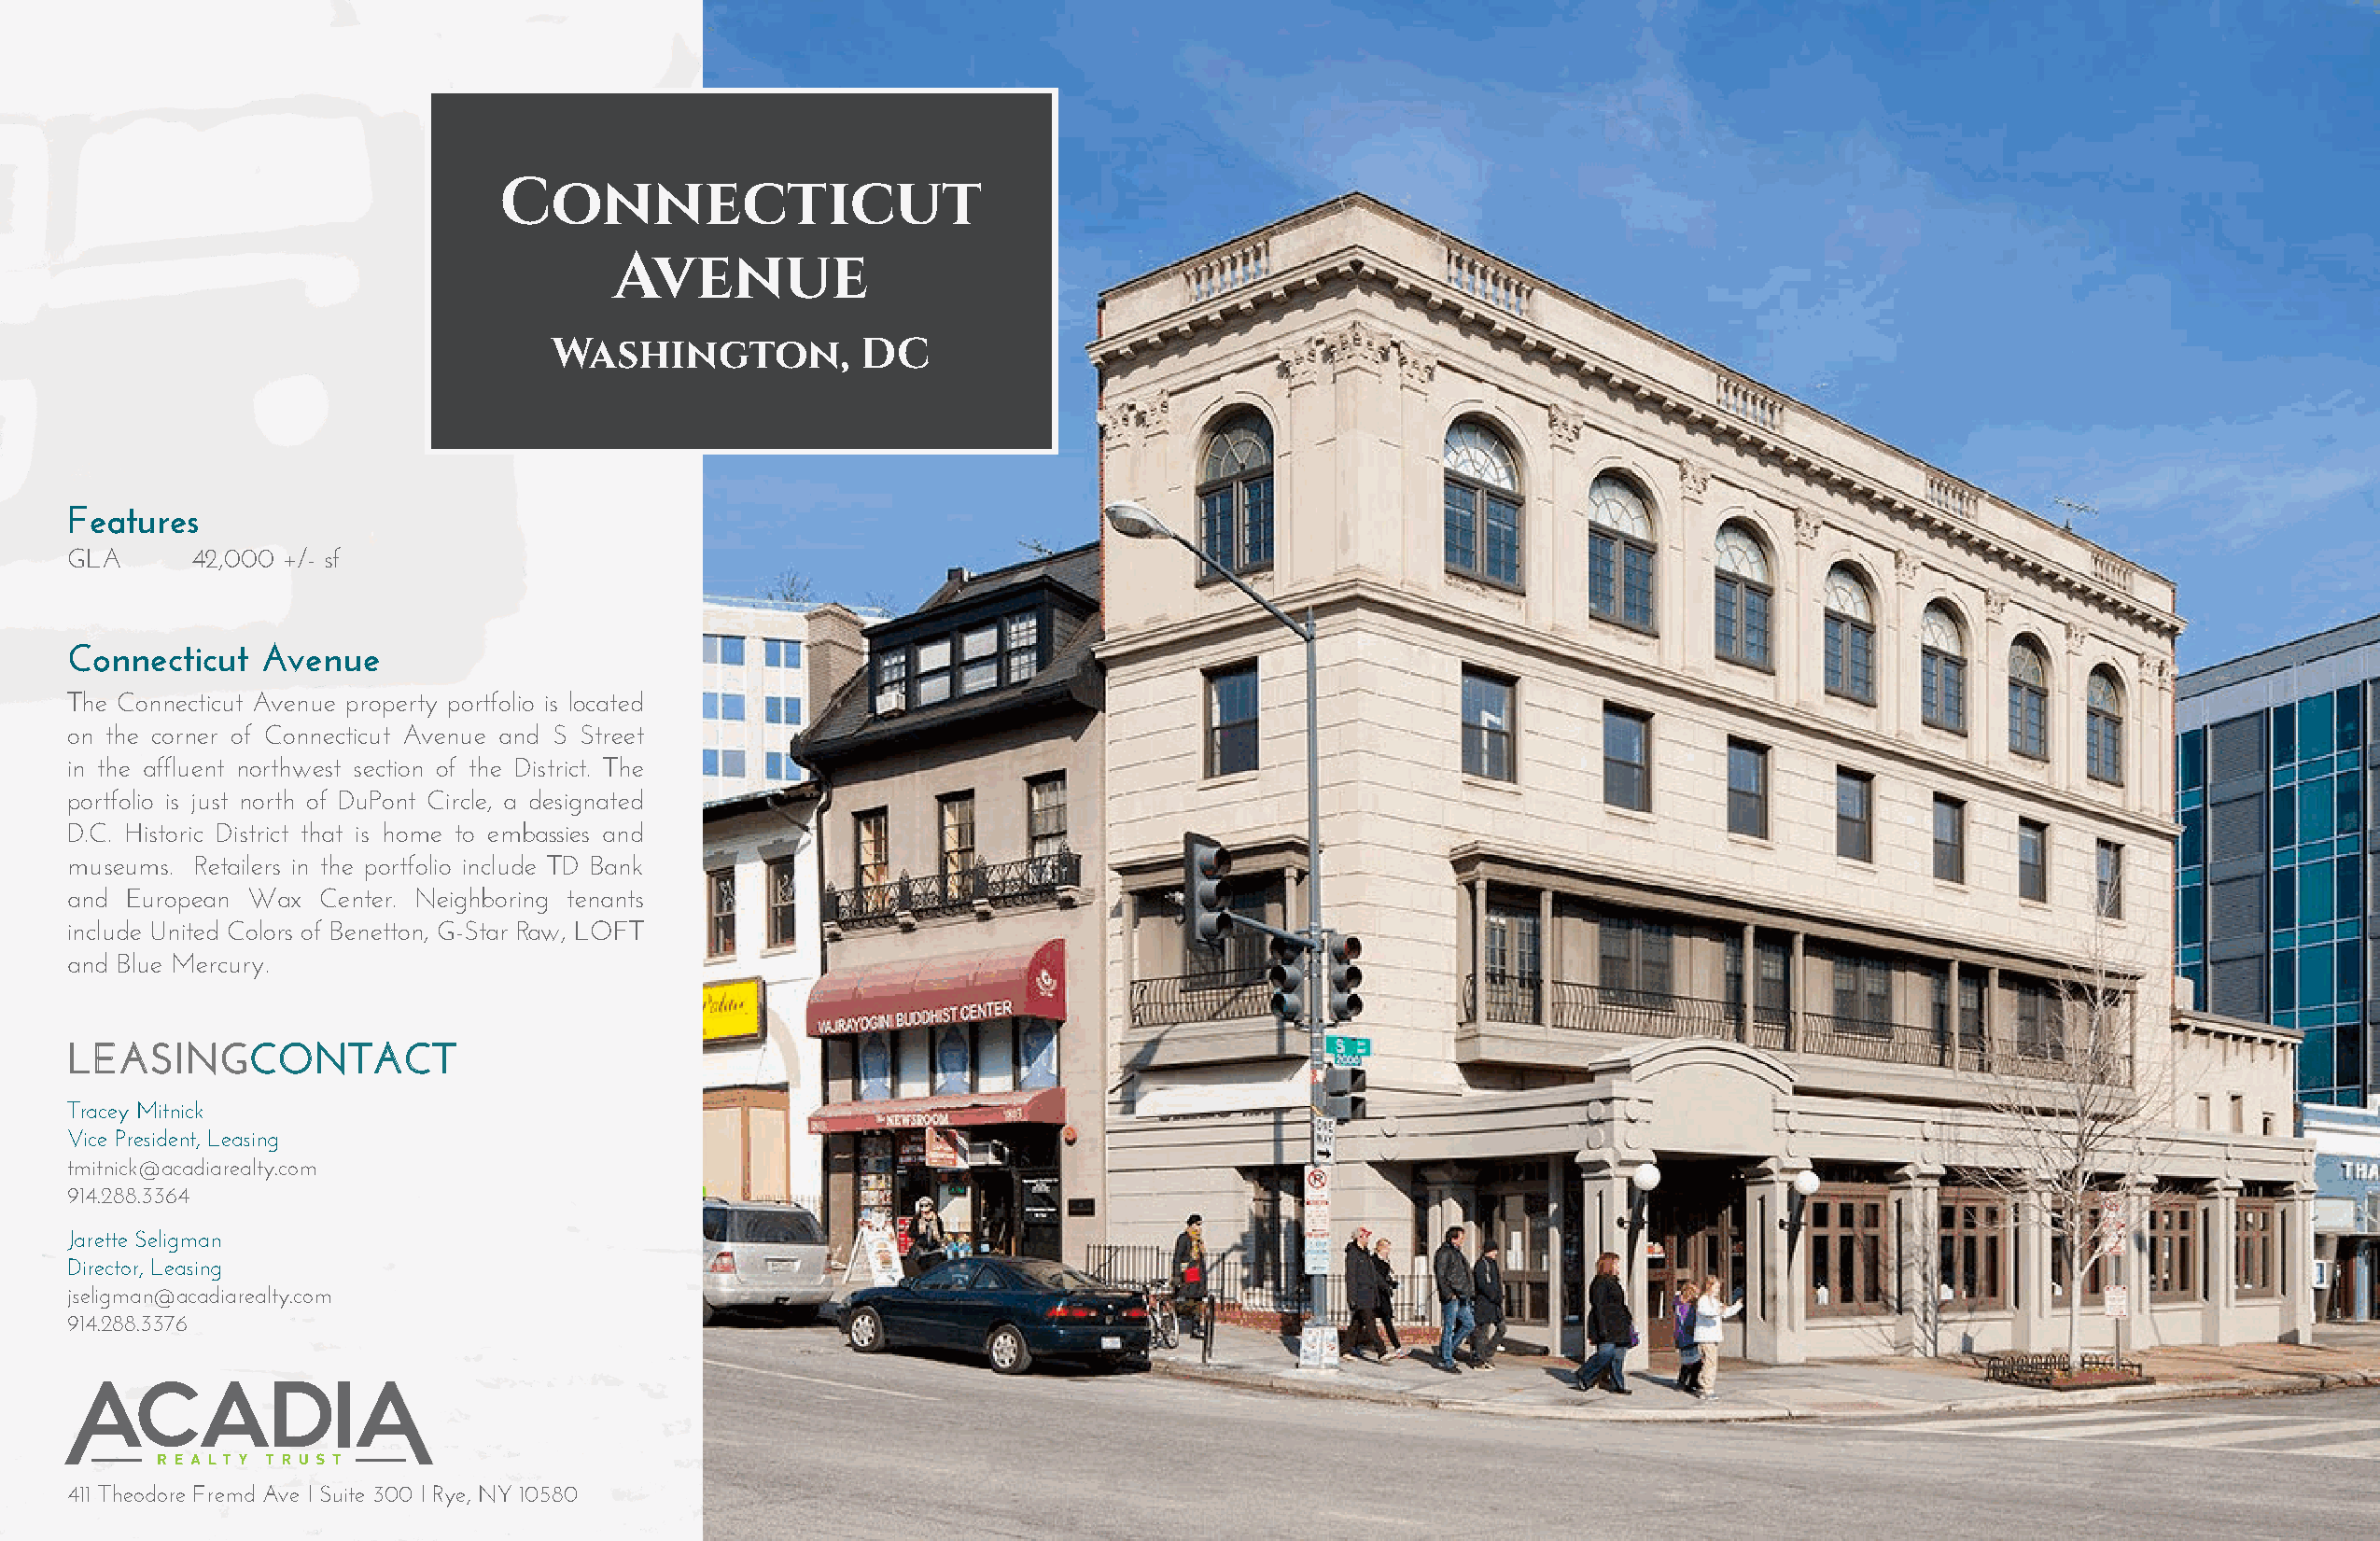
CCoonnnneeccttiiccuutt
 AAvveennuuee
 WWaasshhiinnggttoonn,, DDCC
 Features
 GLA      42,000 +/- sf
 Connecticut   Avenue
 The Connecticut Avenue property portfolio is located
 on the corner of Connecticut Avenue and S Street
 in the affluent northwest section of the District. The
 portfolio is just north of DuPont Circle, a designated
 D.C. Historic District that is home to embassies and
 museums. Retailers in the portfolio include TD Bank
 and European Wax  Center. Neighboring tenants
 include United Colors of Benetton, G-Star Raw, LOFT
 and Blue Mercury.
 LLEEAASSIINNGGCCOONNTTAACCTT
 Tracey Mitnick
 Vice President, Leasing
 tmitnick@acadiarealty.com
 914.288.3364
 Jarette Seligman
 Director, Leasing
 jseligman@acadiarealty.com
 914.288.3376
 411 Theodore Fremd Ave I Suite 300 I Rye, NY 10580